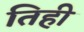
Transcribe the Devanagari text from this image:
तिही